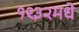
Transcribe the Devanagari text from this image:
१९३२मधे